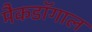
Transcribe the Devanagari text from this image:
मैकडॉगाल